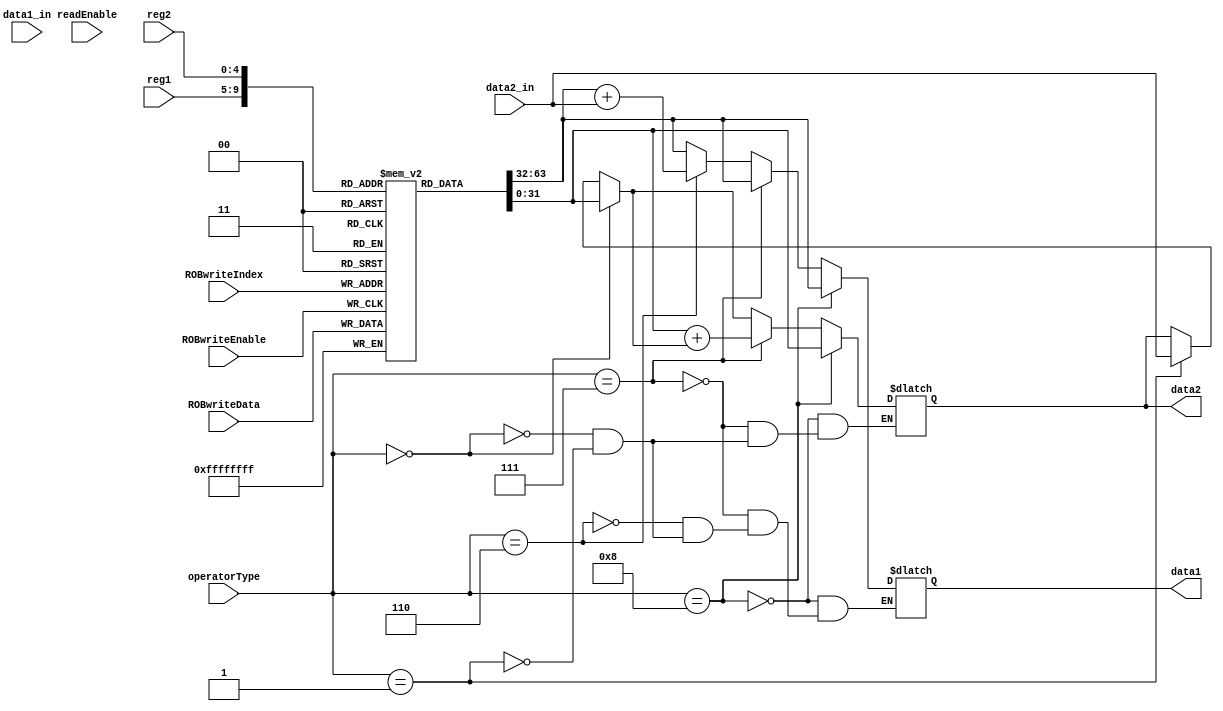


module regfile (
	input wire[5:0] operatorType,
	input wire[4:0] reg1,
	input wire[4:0] reg2,
	input wire[31:0] data1_in,
	input wire[31:0] data2_in,
	input wire readEnable,
	
	input wire ROBwriteEnable,
	input wire[31:0] ROBwriteData,
	input wire[4:0] ROBwriteIndex,
	
	output reg[31:0] data1,
	output reg[31:0] data2
);
	
	//Parameters
	parameter addOp = 6'b000000;
	parameter addiOp = 6'b000001;
	parameter subOp = 6'b000010;
	parameter sllOp = 6'b000011;
	parameter srlOp = 6'b000100;
	parameter mulOp = 6'b000101;
	parameter lwOp = 6'b000110;
	parameter swOp = 6'b000111;
	parameter bneOp = 6'b001000;
	parameter liOp = 6'b001001;
	
	//Registers
	reg[31:0] mem[0:31];
	integer i;

	initial begin
		for (i = 0; i < 32; i=i+1) begin
			mem[i] = {32{1'b0}};
		end
	end

	//Operation retrieves data from registers.
	always @(operatorType or reg1 or reg2 or data1_in or data2_in) begin
		if (operatorType == addiOp) begin
			data1 = mem[reg1];
			data2 = data2_in;
		end
		if (operatorType == addOp) begin
			data1 = mem[reg1];
			data2 = mem[reg2];
		end
		if (operatorType == lwOp) begin
			data1 = mem[reg1]+data2_in;
		end
		if (operatorType == swOp) begin
			data1 = mem[reg1];
			data2 = mem[reg2]+data2;
		end
		if (operatorType == bneOp) begin
			data1 = mem[reg1];
			data2 = mem[reg2];
		end
	end
	
	//Reorder buffer write back.
	always @(posedge ROBwriteEnable) begin
		mem[ROBwriteIndex] = ROBwriteData;
	end

endmodule